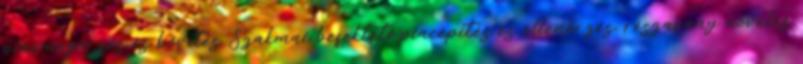
piacmegőrzés és bővítés Szakmai befektető:piacépítés és ellenőrzés, részarány növelés